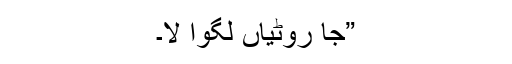
”جا روٹیاں لگوا لا۔